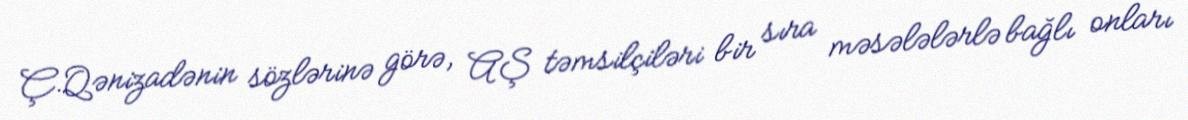
Ç.Qənizadənin sözlərinə görə, AŞ təmsilçiləri bir sıra məsələlərlə bağlı onları